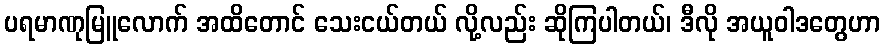
ပရမာဏုမြူလောက် အထိတောင် သေးငယ်တယ် လို့လည်း ဆိုကြပါတယ်၊ ဒီလို အယူဝါဒတွေဟာ